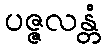
ပဇ္ဇလန္တံ